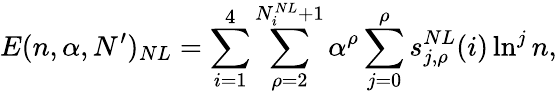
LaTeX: E(n,\alpha,N^{\prime})_{NL}=\sum_{i=1}^{4}\sum_{\rho=2}^{N_{i}^{NL}+1}\alpha^{\rho}\sum_{j=0}^{\rho}s_{j,\rho}^{NL}(i)\ln^{j}n,